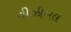
વીઝીબલ